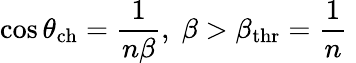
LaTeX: \cos\theta_{\mathrm{ch}}=\frac{1}{n\beta},\; \beta>\beta_{\mathrm{thr}}=\frac{1}{n}\;